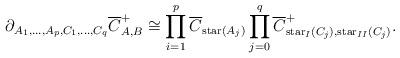
LaTeX: \begin{align*}\partial_{A_1,\dots,A_p,C_1,\dots,C_q} \overline C_{A,B}^+ \cong \prod_{i=1}^p \overline C_{\mathrm{star}(A_j)} \prod_{j=0}^q \overline C^+_{\mathrm{star}_I(C_j), \mathrm{star}_{II}(C_j)}.\end{align*}